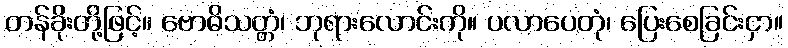
တန်ခိုးတို့ဖြင့်။ ဗောဓိသတ္တံ၊ ဘုရားလောင်းကို။ ပလာပေတုံ၊ ပြေးစေခြင်းငှာ။